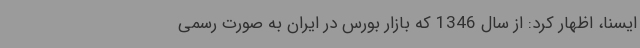
ایسنا، اظهار کرد: از سال 1346 که بازار بورس در ایران به صورت رسمی